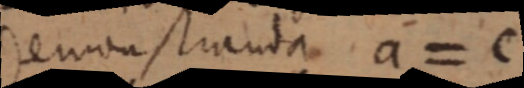
demonstranda a = c